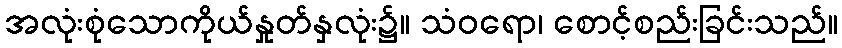
အလုံးစုံသောကိုယ်နှုတ်နှလုံး၌။ သံဝရော၊ စောင့်စည်းခြင်းသည်။